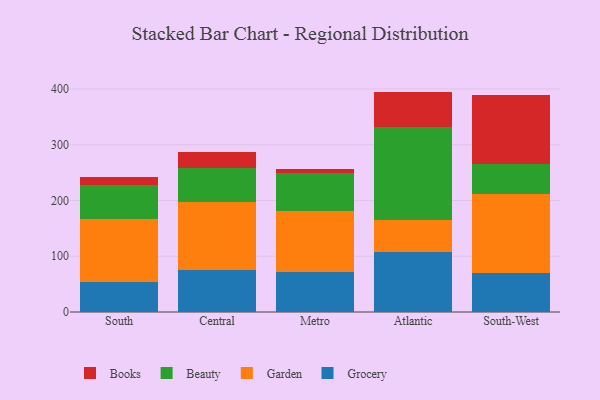
{"axis": {"x": "Region", "y": "Churn Rate (%)"}, "legend": ["Beauty", "Books", "Garden", "Grocery"], "data": [{"x": "South", "y": 53.6, "type": "Grocery"}, {"x": "South", "y": 113.2, "type": "Garden"}, {"x": "South", "y": 60.3, "type": "Beauty"}, {"x": "South", "y": 14.7, "type": "Books"}, {"x": "Central", "y": 75.2, "type": "Grocery"}, {"x": "Central", "y": 122.0, "type": "Garden"}, {"x": "Central", "y": 61.8, "type": "Beauty"}, {"x": "Central", "y": 28.1, "type": "Books"}, {"x": "Metro", "y": 71.0, "type": "Grocery"}, {"x": "Metro", "y": 110.2, "type": "Garden"}, {"x": "Metro", "y": 68.0, "type": "Beauty"}, {"x": "Metro", "y": 7.9, "type": "Books"}, {"x": "Atlantic", "y": 107.9, "type": "Grocery"}, {"x": "Atlantic", "y": 57.0, "type": "Garden"}, {"x": "Atlantic", "y": 166.9, "type": "Beauty"}, {"x": "Atlantic", "y": 63.5, "type": "Books"}, {"x": "South-West", "y": 69.1, "type": "Grocery"}, {"x": "South-West", "y": 141.9, "type": "Garden"}, {"x": "South-West", "y": 55.1, "type": "Beauty"}, {"x": "South-West", "y": 123.0, "type": "Books"}]}